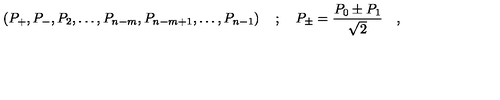
\left( P _ { + } , P _ { - } , P _ { 2 } , \ldots , P _ { n - m } , P _ { n - m + 1 } , \ldots , P _ { n - 1 } \right) \quad ; \quad P _ { \pm } = \frac { P _ { 0 } \pm P _ { 1 } } { \sqrt { 2 } } \quad ,